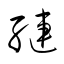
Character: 縺